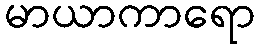
မာယာကာရော